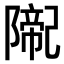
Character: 𨼨